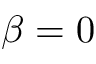
\beta = 0